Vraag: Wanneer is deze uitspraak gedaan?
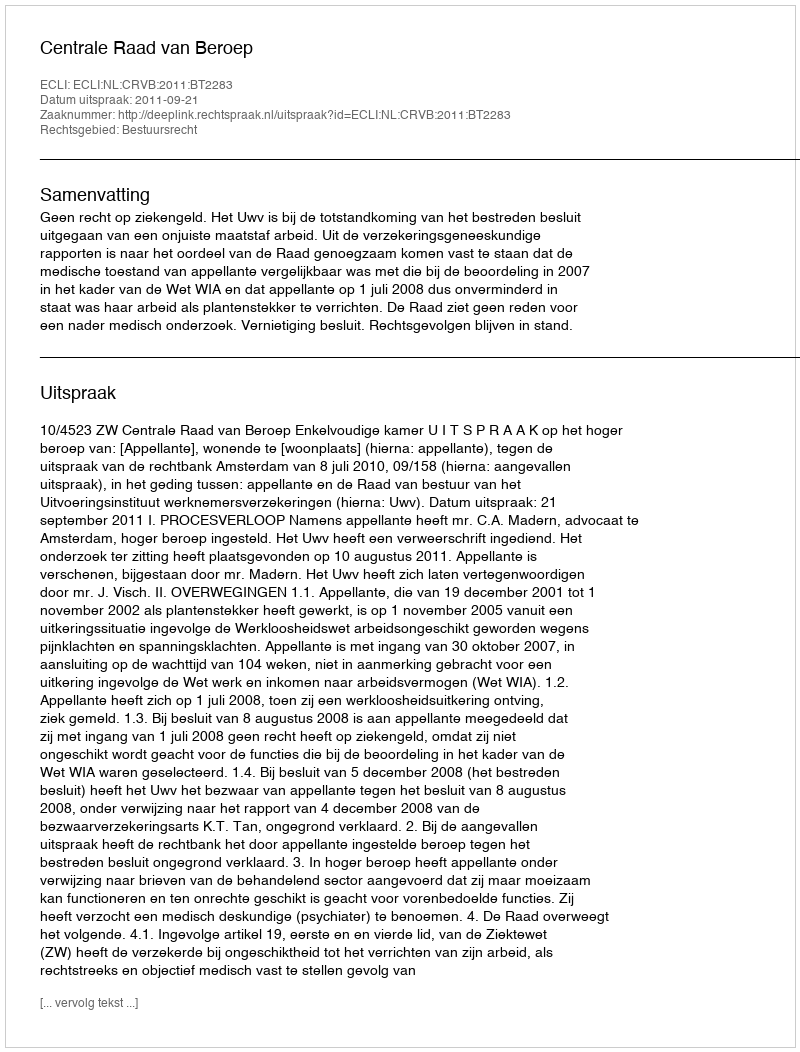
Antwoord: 2011-09-21